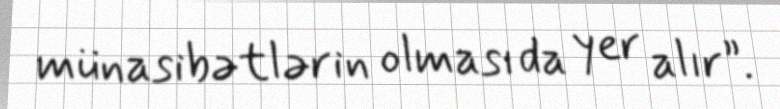
münasibətlərin olması da yer alır”.